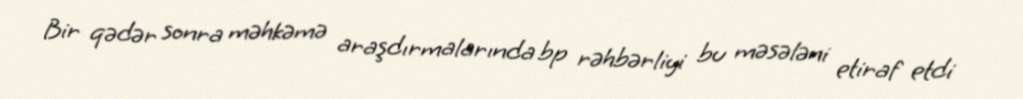
Bir qədər sonra məhkəmə araşdırmalarında bp rəhbərliyi bu məsələni etiraf etdi